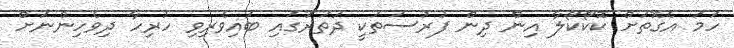
ހަމަ އެގޮތަށް ކޮކޯކޯލާ އިން ދިން ފުރުސަތަކީ ދަތުރުގައި ބައިވެރިވި ހުރިހާ ދިވެހިންނަށް